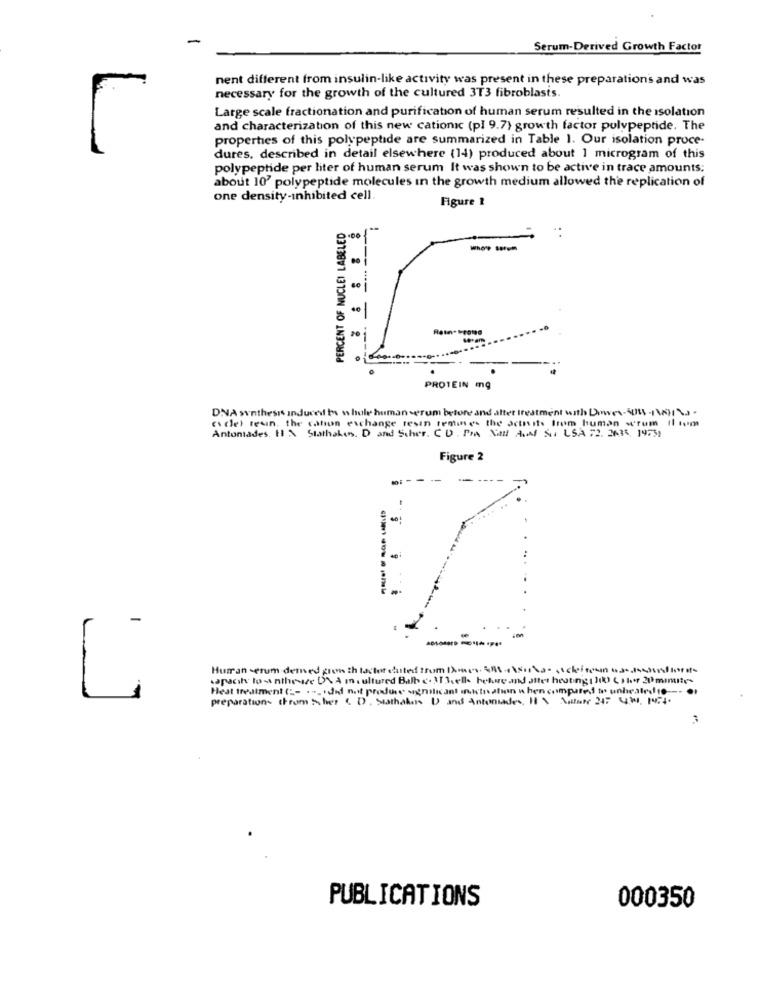
-
Serum-Derived Growth Factor
nent different from insulin-like activity was present in these preparation's and was
necessary for the growth of the cultured 3T3 fibroblasts.
Large scale fractionation and purification of human serum resulted in the isolation
and characterization of this new cationic (pl 9.7) growth factor polypeptide. The
properties of this polypeptide are summarized in Table 1. Our isolation proce-
dures, described in detail elsewhere (14) produced about 1 microgram of this
polypeptide per liter of human serum It was shown to be active in trace amounts;
about 10' polypeptide molecules in the growth medium allowed the replication of
one density-inhibited cell.
Figure 1
PERCENT OF NUCLEI LABELED
20
seram
PROTEIN mg
DNA synthesis Induced bos whole human serum before and after treatment with Dower-501 -1) .
Antoniades. H > Stathaben. D and Scher. CD . Pr NaI AM SI USA 72. 2435, 1973
teain, the cation exchange resin femines the activite Irem human wrum Il tom
Figure 2
--
-
Human serum demed gion :h taclor duted from Dames. EM-esorta- , scheinen os-assanflora-
capacity to -a nthesize D\ A m . ultured Balh . 33ell hehue and Jet heating [ ]() ( thy 20 mimite-
4
Heat treatment ( :- ... . did not produce significant incination when compared to unheatedto ---
preparations strum ther & D). Seathalus ) and Antoniades, 1\ \at 21: 430, 174
PUBLICATIONS
000350